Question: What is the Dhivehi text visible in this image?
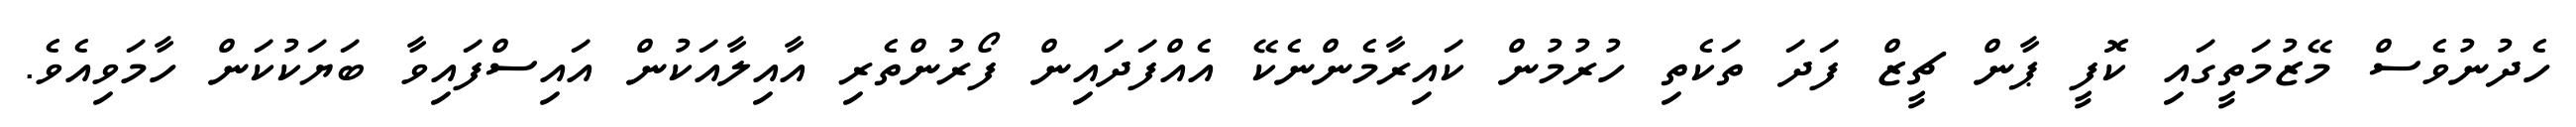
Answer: ހެދުނުވެސް މޭޒުމަތީގައި ކޮފީ ޕާން ޗީޒް ފަދަ ތަކެތި ހުރުމުން ކައިރާމެންނެކޭ އެއްފަދައިން ފޯރުންތެރި އާއިލާއަކުން އައިސްފައިވާ ބަޔަކުކަން ހާމަވިއެވެ.